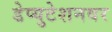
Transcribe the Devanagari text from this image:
डेप्युटेशनवर